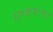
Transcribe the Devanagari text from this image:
मुश्कवाला